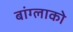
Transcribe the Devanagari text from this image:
बांग्लाको